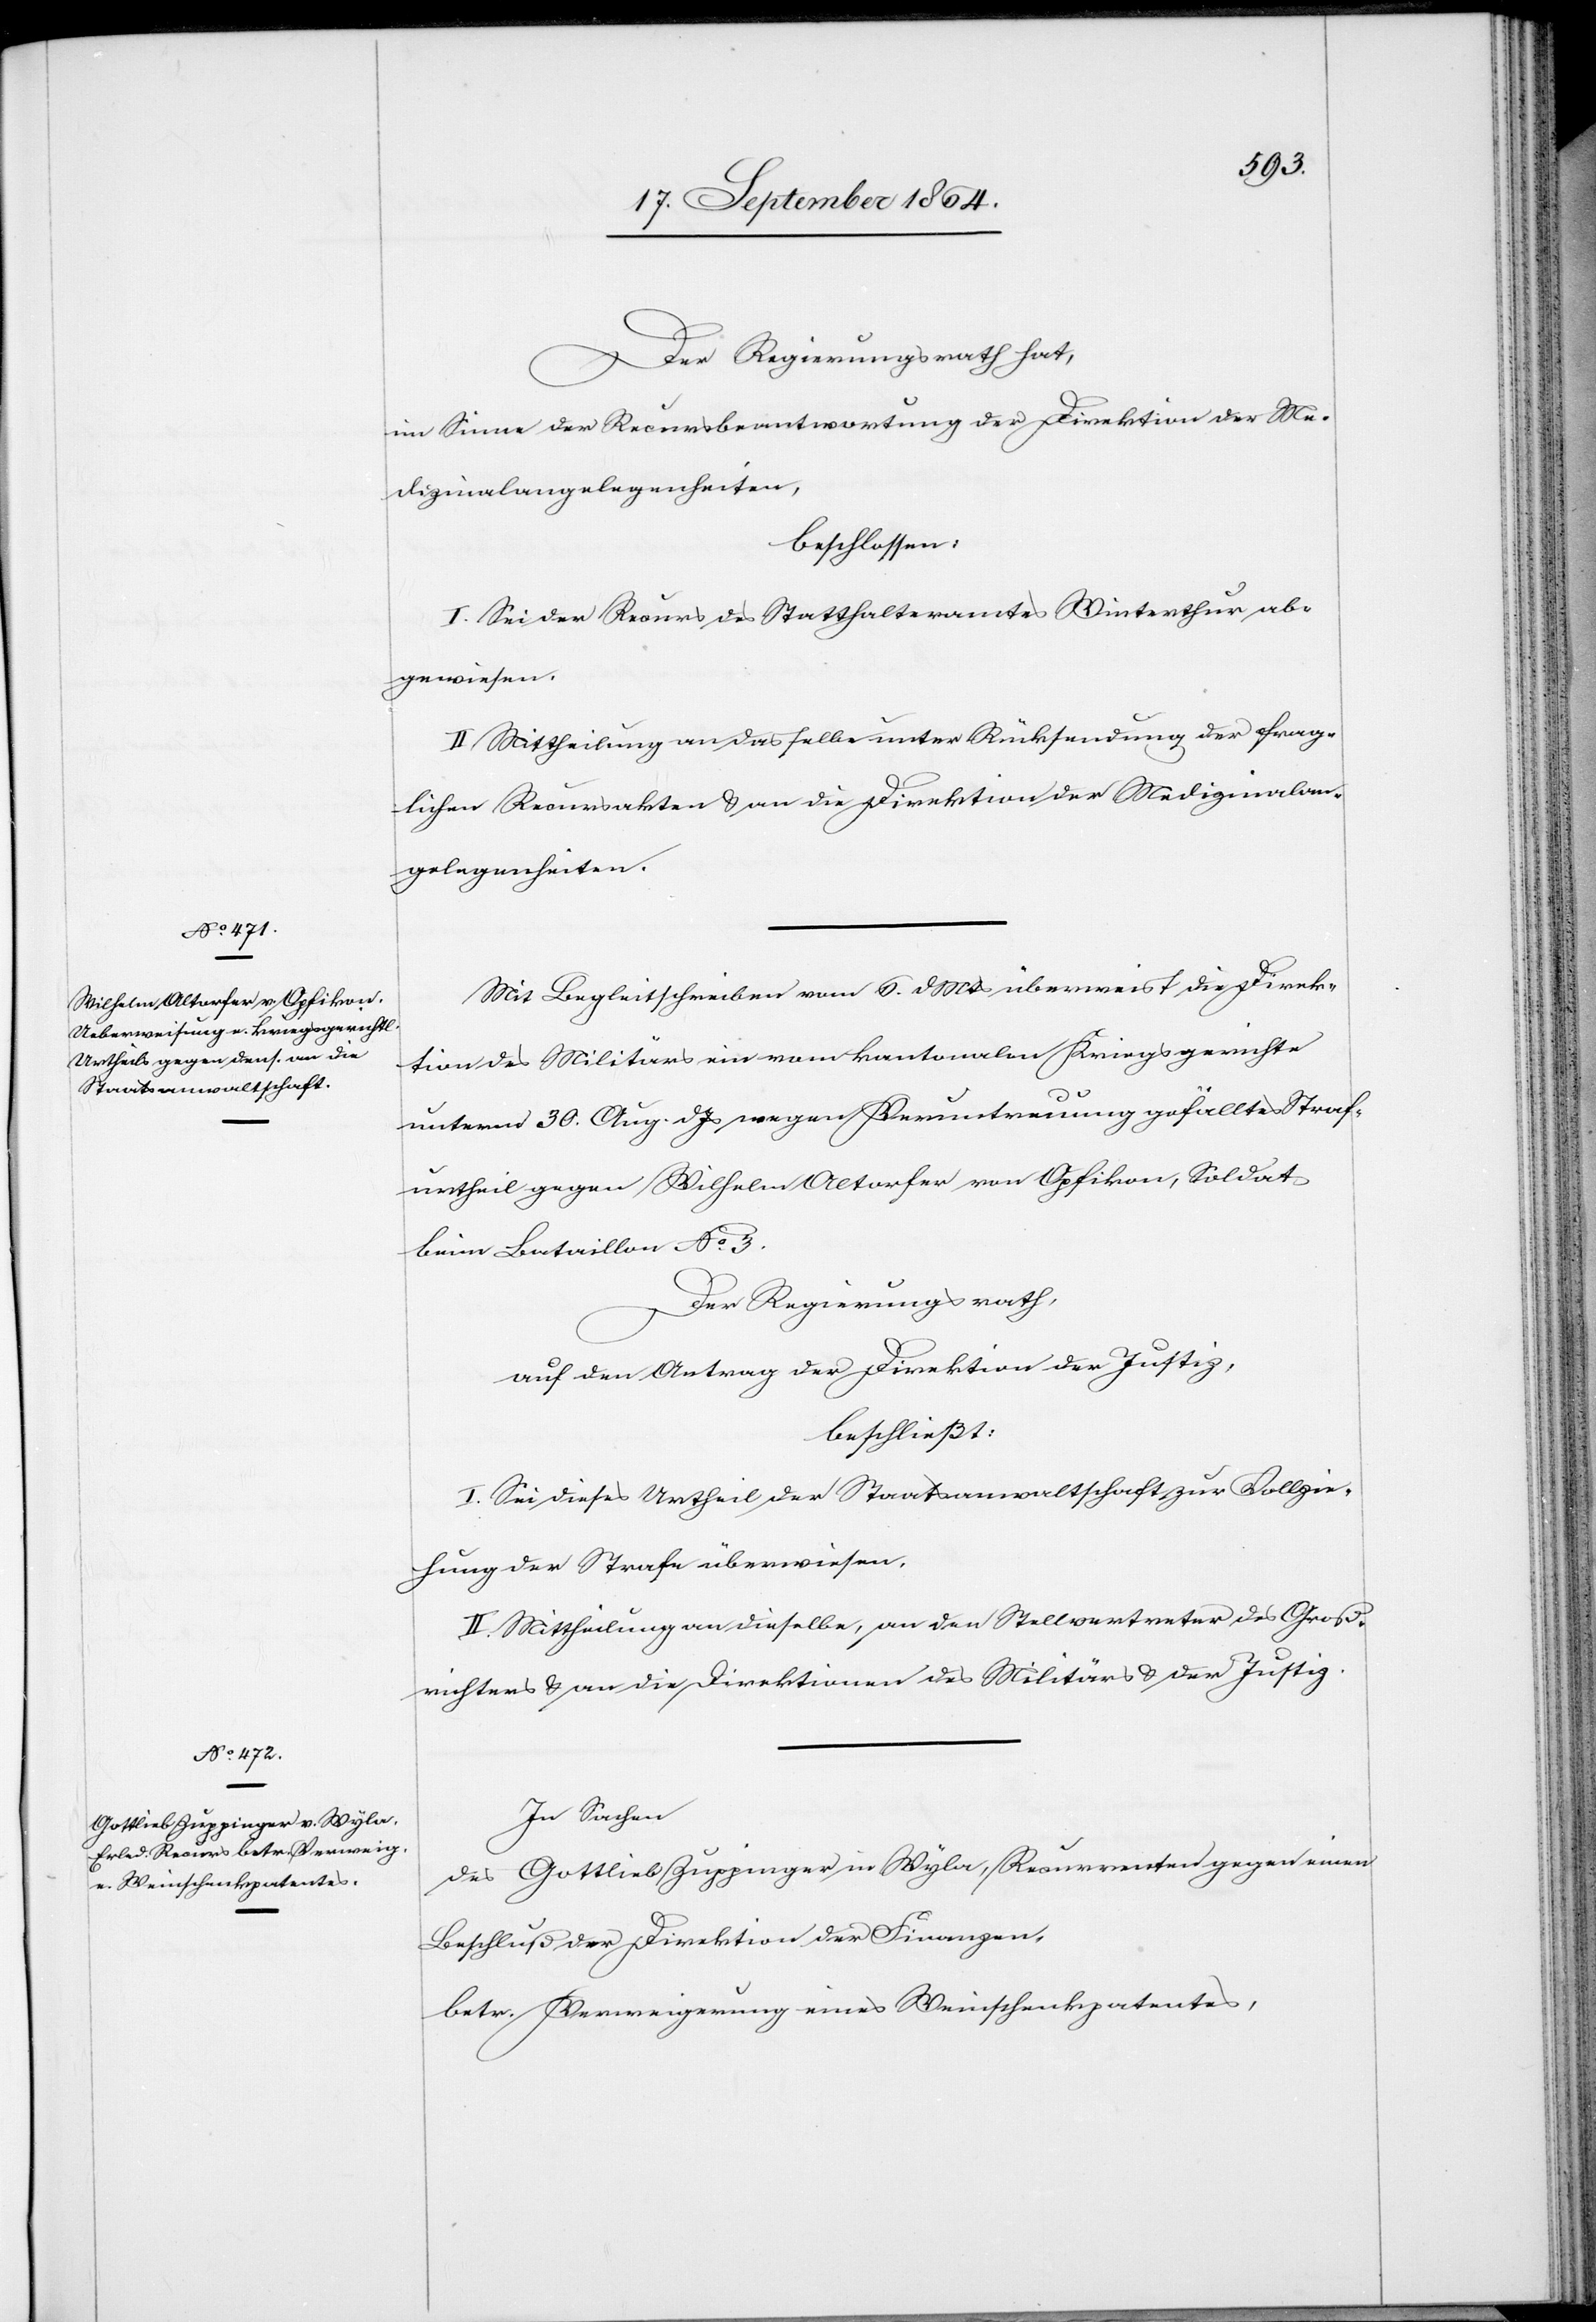
Mit Begleitschreiben vom 6. d. Mts überweist die Direk¬
tion des Militärs ein vom kantonalen Kriegsgerichte
unterm 30. Aug. d. Js. wegen Veruntreuung gefälltes Straf¬
urtheil gegen Wilhelm Altorfer von Opfikon, Soldat
beim Bataillon No. 3.
Der Regierungsrath,
auf den Antrag der Direktion der Justiz,
beschließt:
I. Sei dieses Urtheil der Staatsanwaltschaft zur Vollzie¬
hung der Strafe überwiesen.
II. Mittheilung an dieselbe, an den Stellvertreter des Groß¬
richters & an die Direktionen des Militärs & der Justiz.
In Sachen
des Gottlieb Zuppinger in Wyla, Recurrenten gegen einen
Beschluß der Direktion der Finanzen,
betr. Verweigerung eines Weinschenkpatentes,